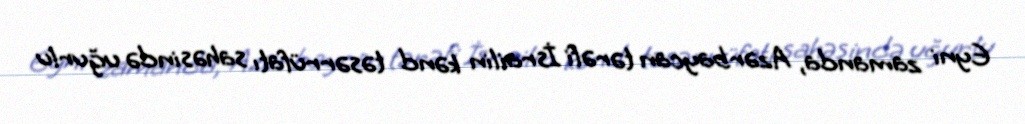
Eyni zamanda, Azərbaycan tərəfi İsrailin kənd təsərrüfatı sahəsində uğurlu